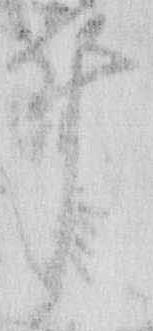
ゐ